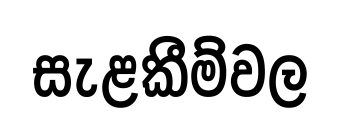
සැළකීම්වල